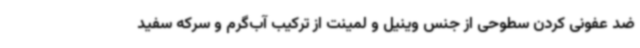
ضد عفونی کردن سطوحی از جنس وینیل و لمینت از ترکیب آب‌گرم و سرکه سفید